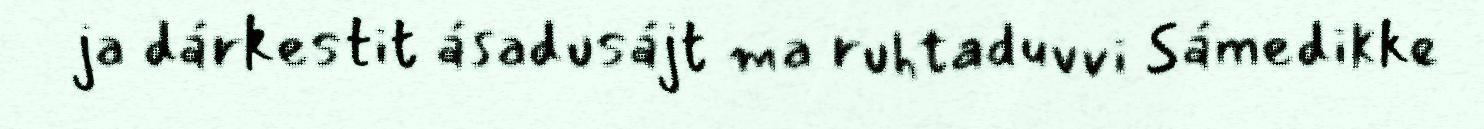
ja dárkestit ásadusájt ma ruhtaduvvi Sámedikke